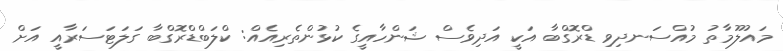
މައުލޫމާތު މުއްސަނދިވި ޑްރޮގްބާ އަކީ އަދިވެސް ޝަންހާއީގެ ކުޅުންތެރިއެއް: ކްލަބްޑްރޮގްބާ ގަލަޓަސަރާއީ އަށް